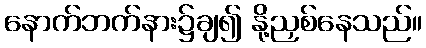
နောက်ဘက်နား၌ချ၍ နို့ညှစ်နေသည်။